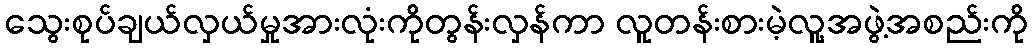
သွေးစုပ်ချယ်လှယ်မှုအားလုံးကိုတွန်းလှန်ကာ လူတန်းစားမဲ့လူ့အဖွဲ့အစည်းကို